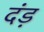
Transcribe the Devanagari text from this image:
दंड़